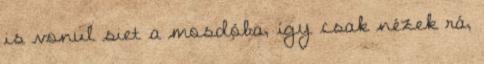
is vonul siet a mosdóba, így csak nézek rá,